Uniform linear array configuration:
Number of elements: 32
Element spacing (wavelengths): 0.75
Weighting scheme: kaiser
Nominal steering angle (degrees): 0
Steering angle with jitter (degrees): -1.082
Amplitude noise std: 0.05
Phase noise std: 0.05

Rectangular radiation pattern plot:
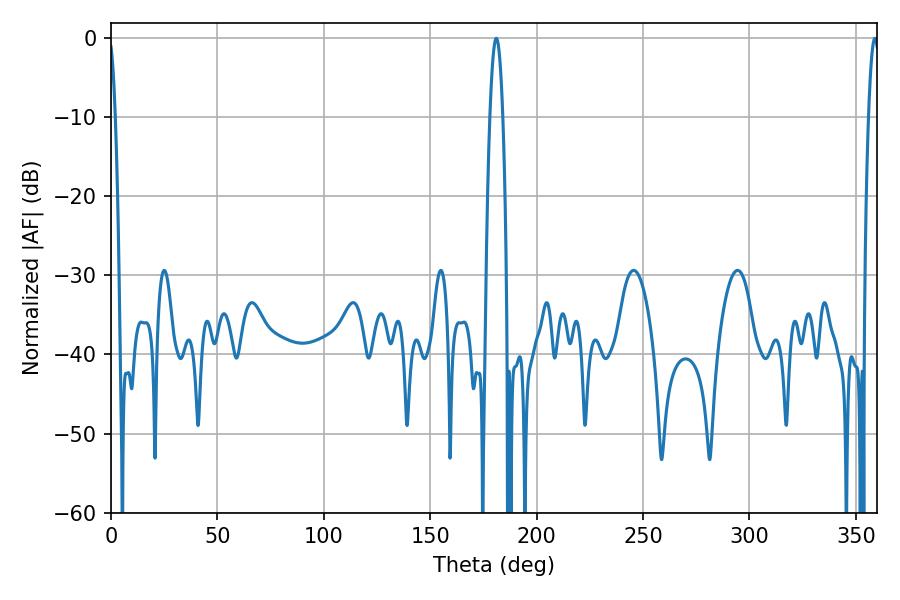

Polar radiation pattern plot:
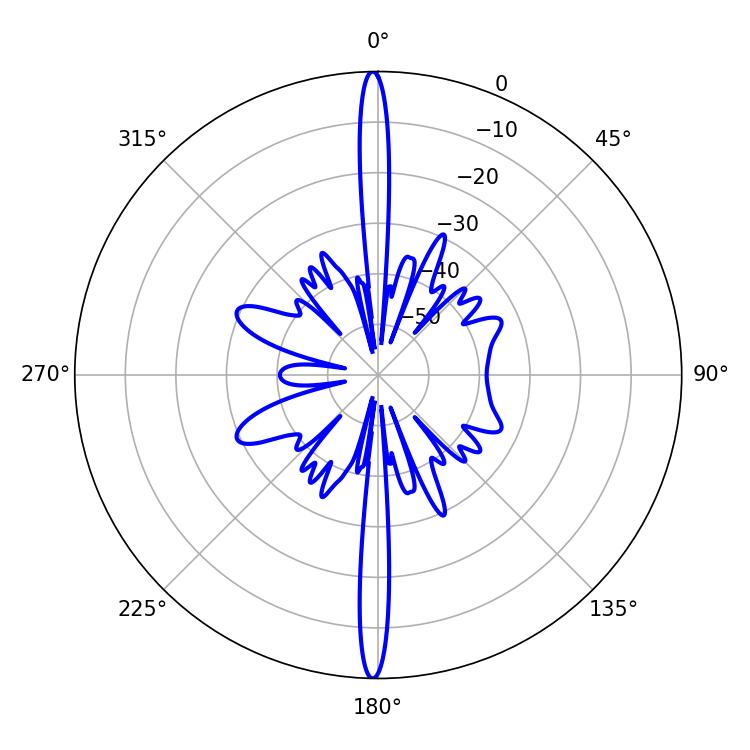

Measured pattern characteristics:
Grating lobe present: TRUE
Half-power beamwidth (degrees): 3.24
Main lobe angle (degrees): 181.08